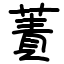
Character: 蔶